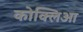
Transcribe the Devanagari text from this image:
कोक्लिआ